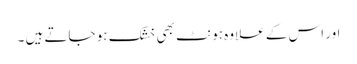
اور اس کے علاوہ ہونٹ بھی خشک ہو جاتے ہیں ۔